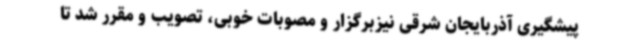
پیشگیری آذربایجان شرقی نیزبرگزار و مصوبات خوبی، تصویب و مقرر شد تا